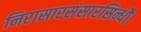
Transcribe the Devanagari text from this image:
निरासारसंसारसिन्धौ।